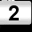
Digit: 2